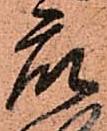
衆